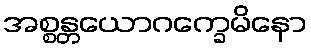
အစ္စန္တယောဂက္ခေမိနော